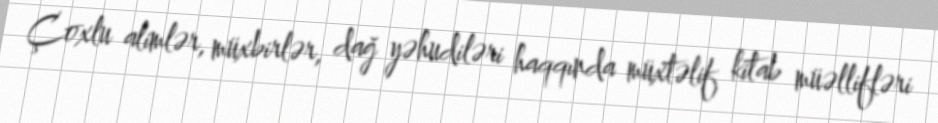
Çoxlu alimlər, müxbirlər, dağ yəhudiləri haqqında müxtəlif kitab müəllifləri